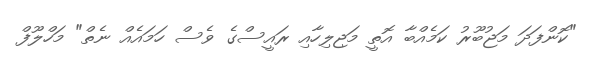
"ކޮންފަދަ މަޖުބޫރު ކަމެއްބާ އޮތީ މަޖިލިހާއި ރައީސްގެ ވެސް ހަމައެއް ނެތް" މަހްލޫފް